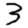
Digit: 3